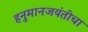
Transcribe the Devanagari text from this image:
हनुमानजयंतीचा